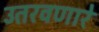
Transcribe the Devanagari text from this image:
उतरवणारे